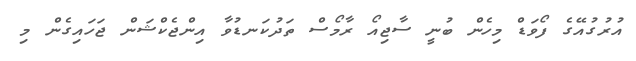
އުރުގުއޭގެ ފޯވަޑް މިހެން ބުނީ ސާޖިއޯ ރާމޯސް ތަދުކަނޑުވާ އިންޖެކްޝަން ޖަހައިގެން މި